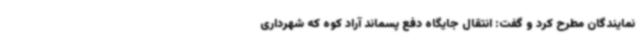
نمایندگان مطرح کرد و گفت: انتقال جایگاه دفع پسماند آراد کوه که شهرداری